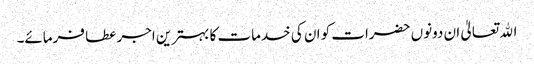
اﷲ تعالیٰ ان دونوں حضرات کو ان کی خدمات کا بہترین اجر عطا فرمائے۔